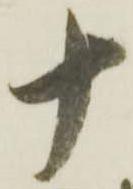
十